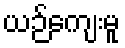
ယဉ်ကျေးမူ